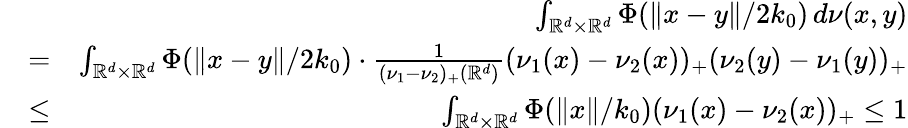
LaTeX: \begin{array}{rlr}&{}&{\int_{\mathbb{R}^{d}\times\mathbb{R}^{d}}\Phi(\| x-y\| /2k_{0})\, d\nu(x,y)}\\ &{=}&{\int_{\mathbb{R}^{d}\times\mathbb{R}^{d}}\Phi(\| x-y\| /2k_{0})\cdot\frac{1}{(\nu_{1}-\nu_{2})_{+}(\mathbb{R}^{d})}(\nu_{1}(x)-\nu_{2}(x))_{+}(\nu_{2}(y)-\nu_{1}(y))_{+}}\\ &{\leq}&{\int_{\mathbb{R}^{d}\times\mathbb{R}^{d}}\Phi(\| x\| /k_{0})(\nu_{1}(x)-\nu_{2}(x))_{+}\leq 1}\end{array}